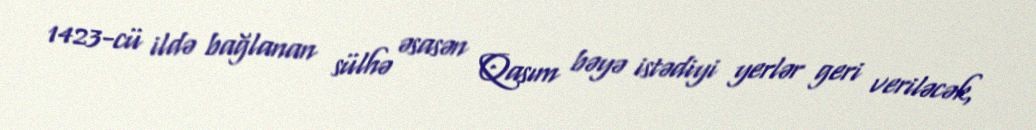
1423-cü ildə bağlanan sülhə əsasən Qasım bəyə istədiyi yerlər geri veriləcək,